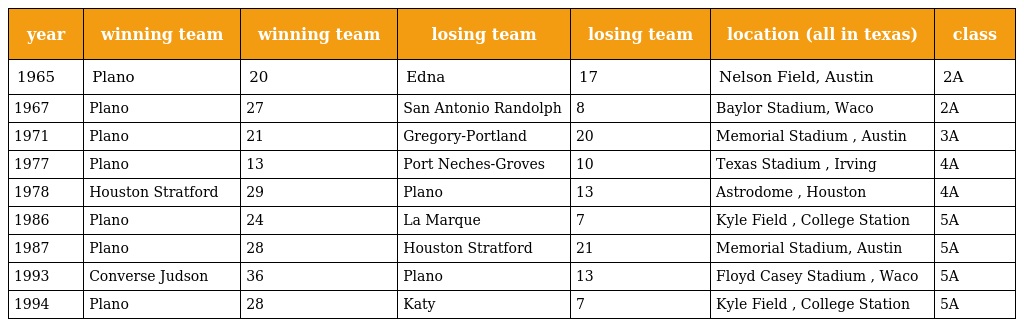
| year | winning team | winning team | losing team | losing team | location (all in texas) | class |
 | --- | --- | --- | --- | --- | --- | --- |
 | 1965 | Plano | 20 | Edna | 17 | Nelson Field, Austin | 2A |
 | 1967 | Plano | 27 | San Antonio Randolph | 8 | Baylor Stadium, Waco | 2A |
 | 1971 | Plano | 21 | Gregory-Portland | 20 | Memorial Stadium , Austin | 3A |
 | 1977 | Plano | 13 | Port Neches-Groves | 10 | Texas Stadium , Irving | 4A |
 | 1978 | Houston Stratford | 29 | Plano | 13 | Astrodome , Houston | 4A |
 | 1986 | Plano | 24 | La Marque | 7 | Kyle Field , College Station | 5A |
 | 1987 | Plano | 28 | Houston Stratford | 21 | Memorial Stadium, Austin | 5A |
 | 1993 | Converse Judson | 36 | Plano | 13 | Floyd Casey Stadium , Waco | 5A |
 | 1994 | Plano | 28 | Katy | 7 | Kyle Field , College Station | 5A |